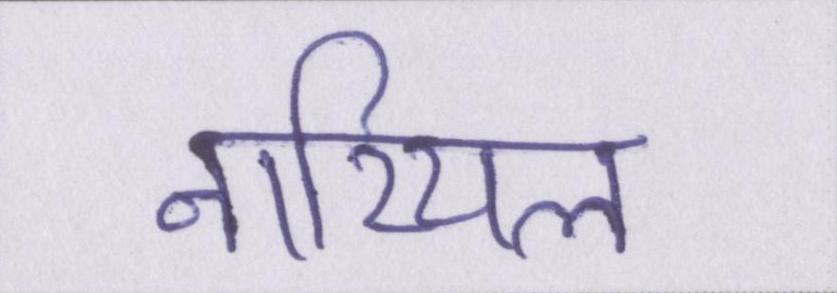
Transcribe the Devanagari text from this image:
नारियल